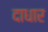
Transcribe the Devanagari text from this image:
दाधार